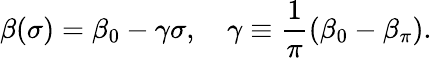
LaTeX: \beta(\sigma)=\beta_{0}-\gamma\sigma,\quad\gamma\equiv\frac{1}{\pi}(\beta_{0}-\beta_{\pi}).